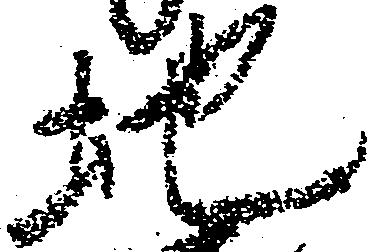
地